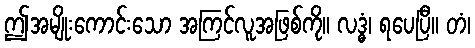
ဤအမျိုးကောင်းသော အကြင်လူအဖြစ်ကို။ လဒ္ဓံ၊ ရပေပြီ။ တံ၊